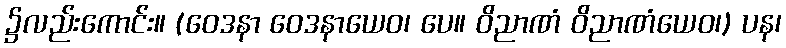
၌လည်းကောင်း။ (ဝေဒနာ ဝေဒနာယေဝ၊ ပေ။ ဝိညာဏံ ဝိညာဏံယေဝ၊) ပန၊